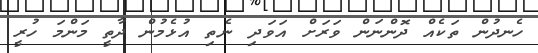
ހެނދުން ތަކެއް ދޮންނަން ވަރަށް އަވަދި ނެތި އުޅެމުން ދާތީ މަންމަ ހުރީ